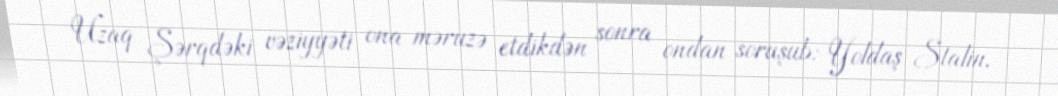
Uzaq Şərqdəki vəziyyəti ona məruzə etdikdən sonra ondan soruşub: Yoldaş Stalin,